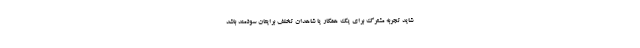
شاید تجربه مشترک برای یک همکار یا شاهدان تخلف برایتان سودمند باشد